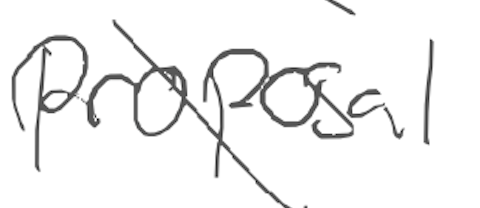
Text: proposal
Cross-out: mix
Writing tool: digital_gray